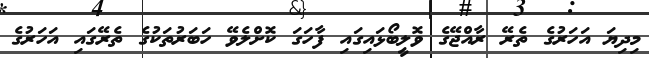
މިދިޔަ އަހަރުގެ ތެރޭ ރާއްޖޭގެ ވޮލީބޯޅައިގައި ފާހަގަ ކޮށްލެވޭ ހަބަރުތަކުގެ ތެރޭގައި އަހަރުގެ